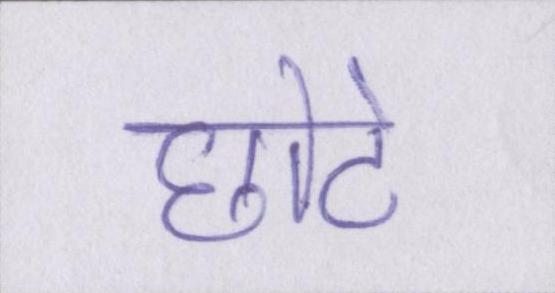
छोटे